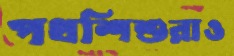
পথশিশুরাও